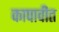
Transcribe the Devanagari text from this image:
कापावीत